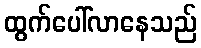
ထွက်ပေါ်လာနေသည်